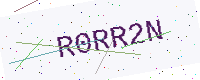
Text: R0RR2N